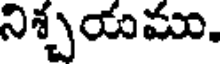
నిశ్చయము.